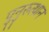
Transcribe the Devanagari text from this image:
पुनुरुत्थान